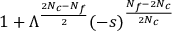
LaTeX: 1 + \Lambda ^ { \frac { 2 N _ { c } - N _ { f } } { 2 } } ( - s ) ^ { \frac { N _ { f } - 2 N _ { c } } { 2 N _ { c } } }